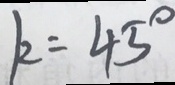
k = 4 5 ^ { \circ }